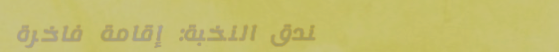
فندق النخبة: إقامة فاخرة